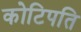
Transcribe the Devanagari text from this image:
कोटिपति